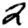
Digit: 2